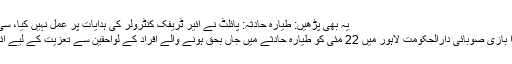
یہ بھی پڑھیں: طیارہ حادثہ: پائلٹ نے ائیر ٹریفک کنٹرولر کی ہدایات پر عمل نہیں کیا، سی اے اے
وزیر ہوا بازی صوبائی دارالحکومت لاہور میں 22 مئی کو طیارہ حادثے میں جاں بحق ہونے والے افراد کے لواحقین سے تعزیت کے لیے آئے تھے۔